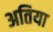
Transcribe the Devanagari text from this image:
अतिया